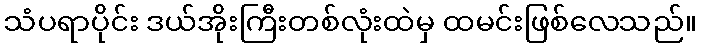
သံပရာပိုင်း ဒယ်အိုးကြီးတစ်လုံးထဲမှ ထမင်းဖြစ်လေသည်။